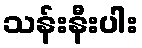
သန်းနီးပါး